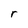
Character: r